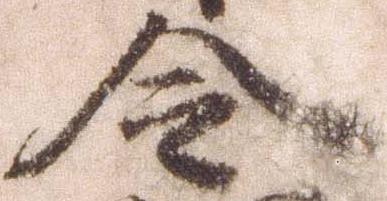
令